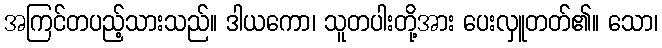
အကြင်တပည့်သားသည်။ ဒါယကော၊ သူတပါးတို့အား ပေးလှူတတ်၏။ သော၊